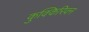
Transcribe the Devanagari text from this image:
कुक्किरिवन